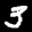
Label: 3